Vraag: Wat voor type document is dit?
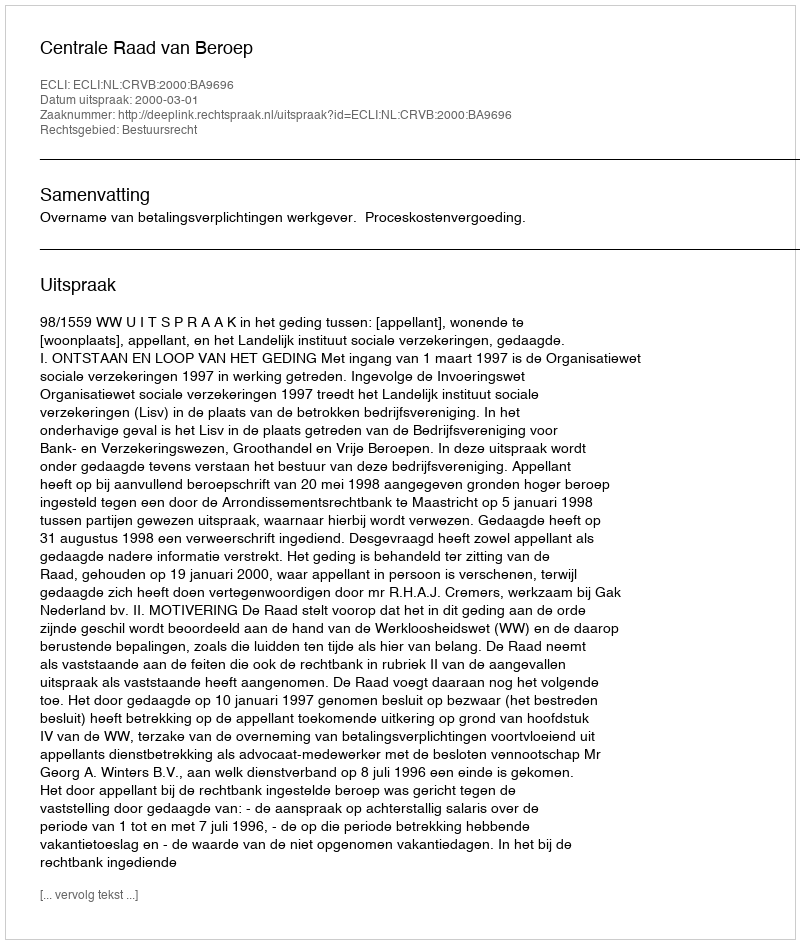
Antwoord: Uitspraak